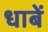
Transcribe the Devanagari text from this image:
धाबें